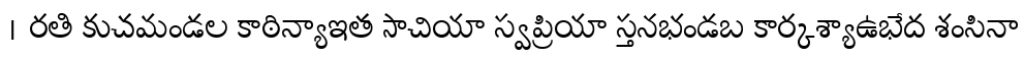
। రతి కుచమండల కాఠిన్యాఇత సాచియా స్వప్రియా స్తనభండబ కార్కశ్యాఉభేద శంసినా